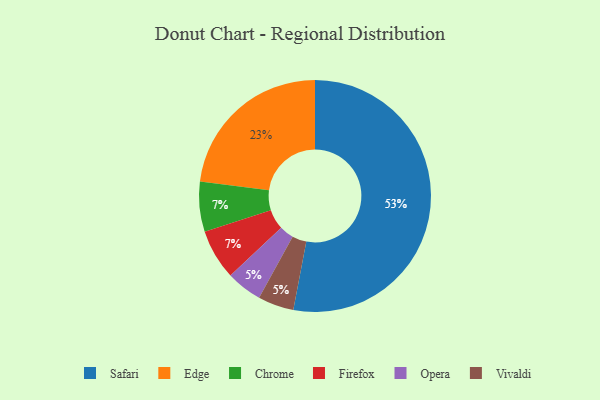
{"axis": {"x": "Category", "y": "Percentage"}, "legend": ["Chrome", "Edge", "Firefox", "Opera", "Safari", "Vivaldi"], "data": [{"x": "Chrome", "y": 7, "type": "Chrome"}, {"x": "Opera", "y": 5, "type": "Opera"}, {"x": "Safari", "y": 53, "type": "Safari"}, {"x": "Firefox", "y": 7, "type": "Firefox"}, {"x": "Vivaldi", "y": 5, "type": "Vivaldi"}, {"x": "Edge", "y": 23, "type": "Edge"}]}